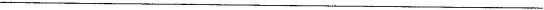
___